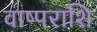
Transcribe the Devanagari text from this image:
वाष्पराशि